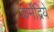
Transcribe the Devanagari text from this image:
कर्मेंद्रियें